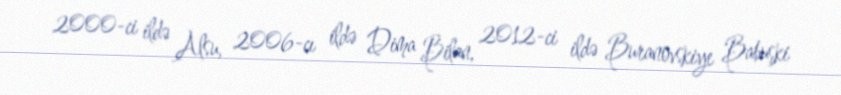
2000-ci ildə Alsu, 2006-cı ildə Dima Bilan, 2012-ci ildə Buranovskiye Babuşki